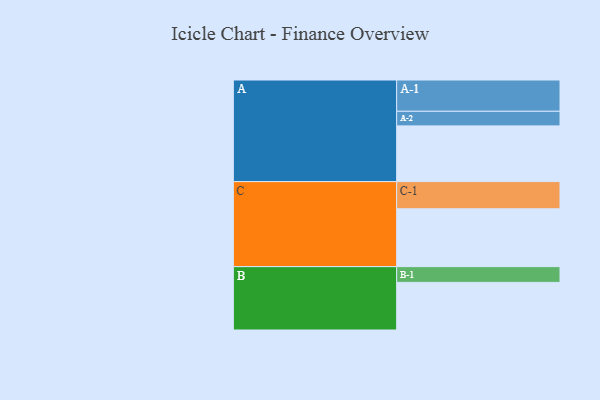
{"axis": {"x": "Segment", "y": "Value"}, "legend": ["", "A", "B", "C"], "data": [{"x": "A", "y": 481, "type": ""}, {"x": "B", "y": 411, "type": ""}, {"x": "C", "y": 499, "type": ""}, {"x": "A-1", "y": 270, "type": "A"}, {"x": "A-2", "y": 126, "type": "A"}, {"x": "B-1", "y": 136, "type": "B"}, {"x": "C-1", "y": 235, "type": "C"}]}